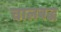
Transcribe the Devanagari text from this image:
चालबद्ध